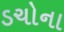
ડચોના